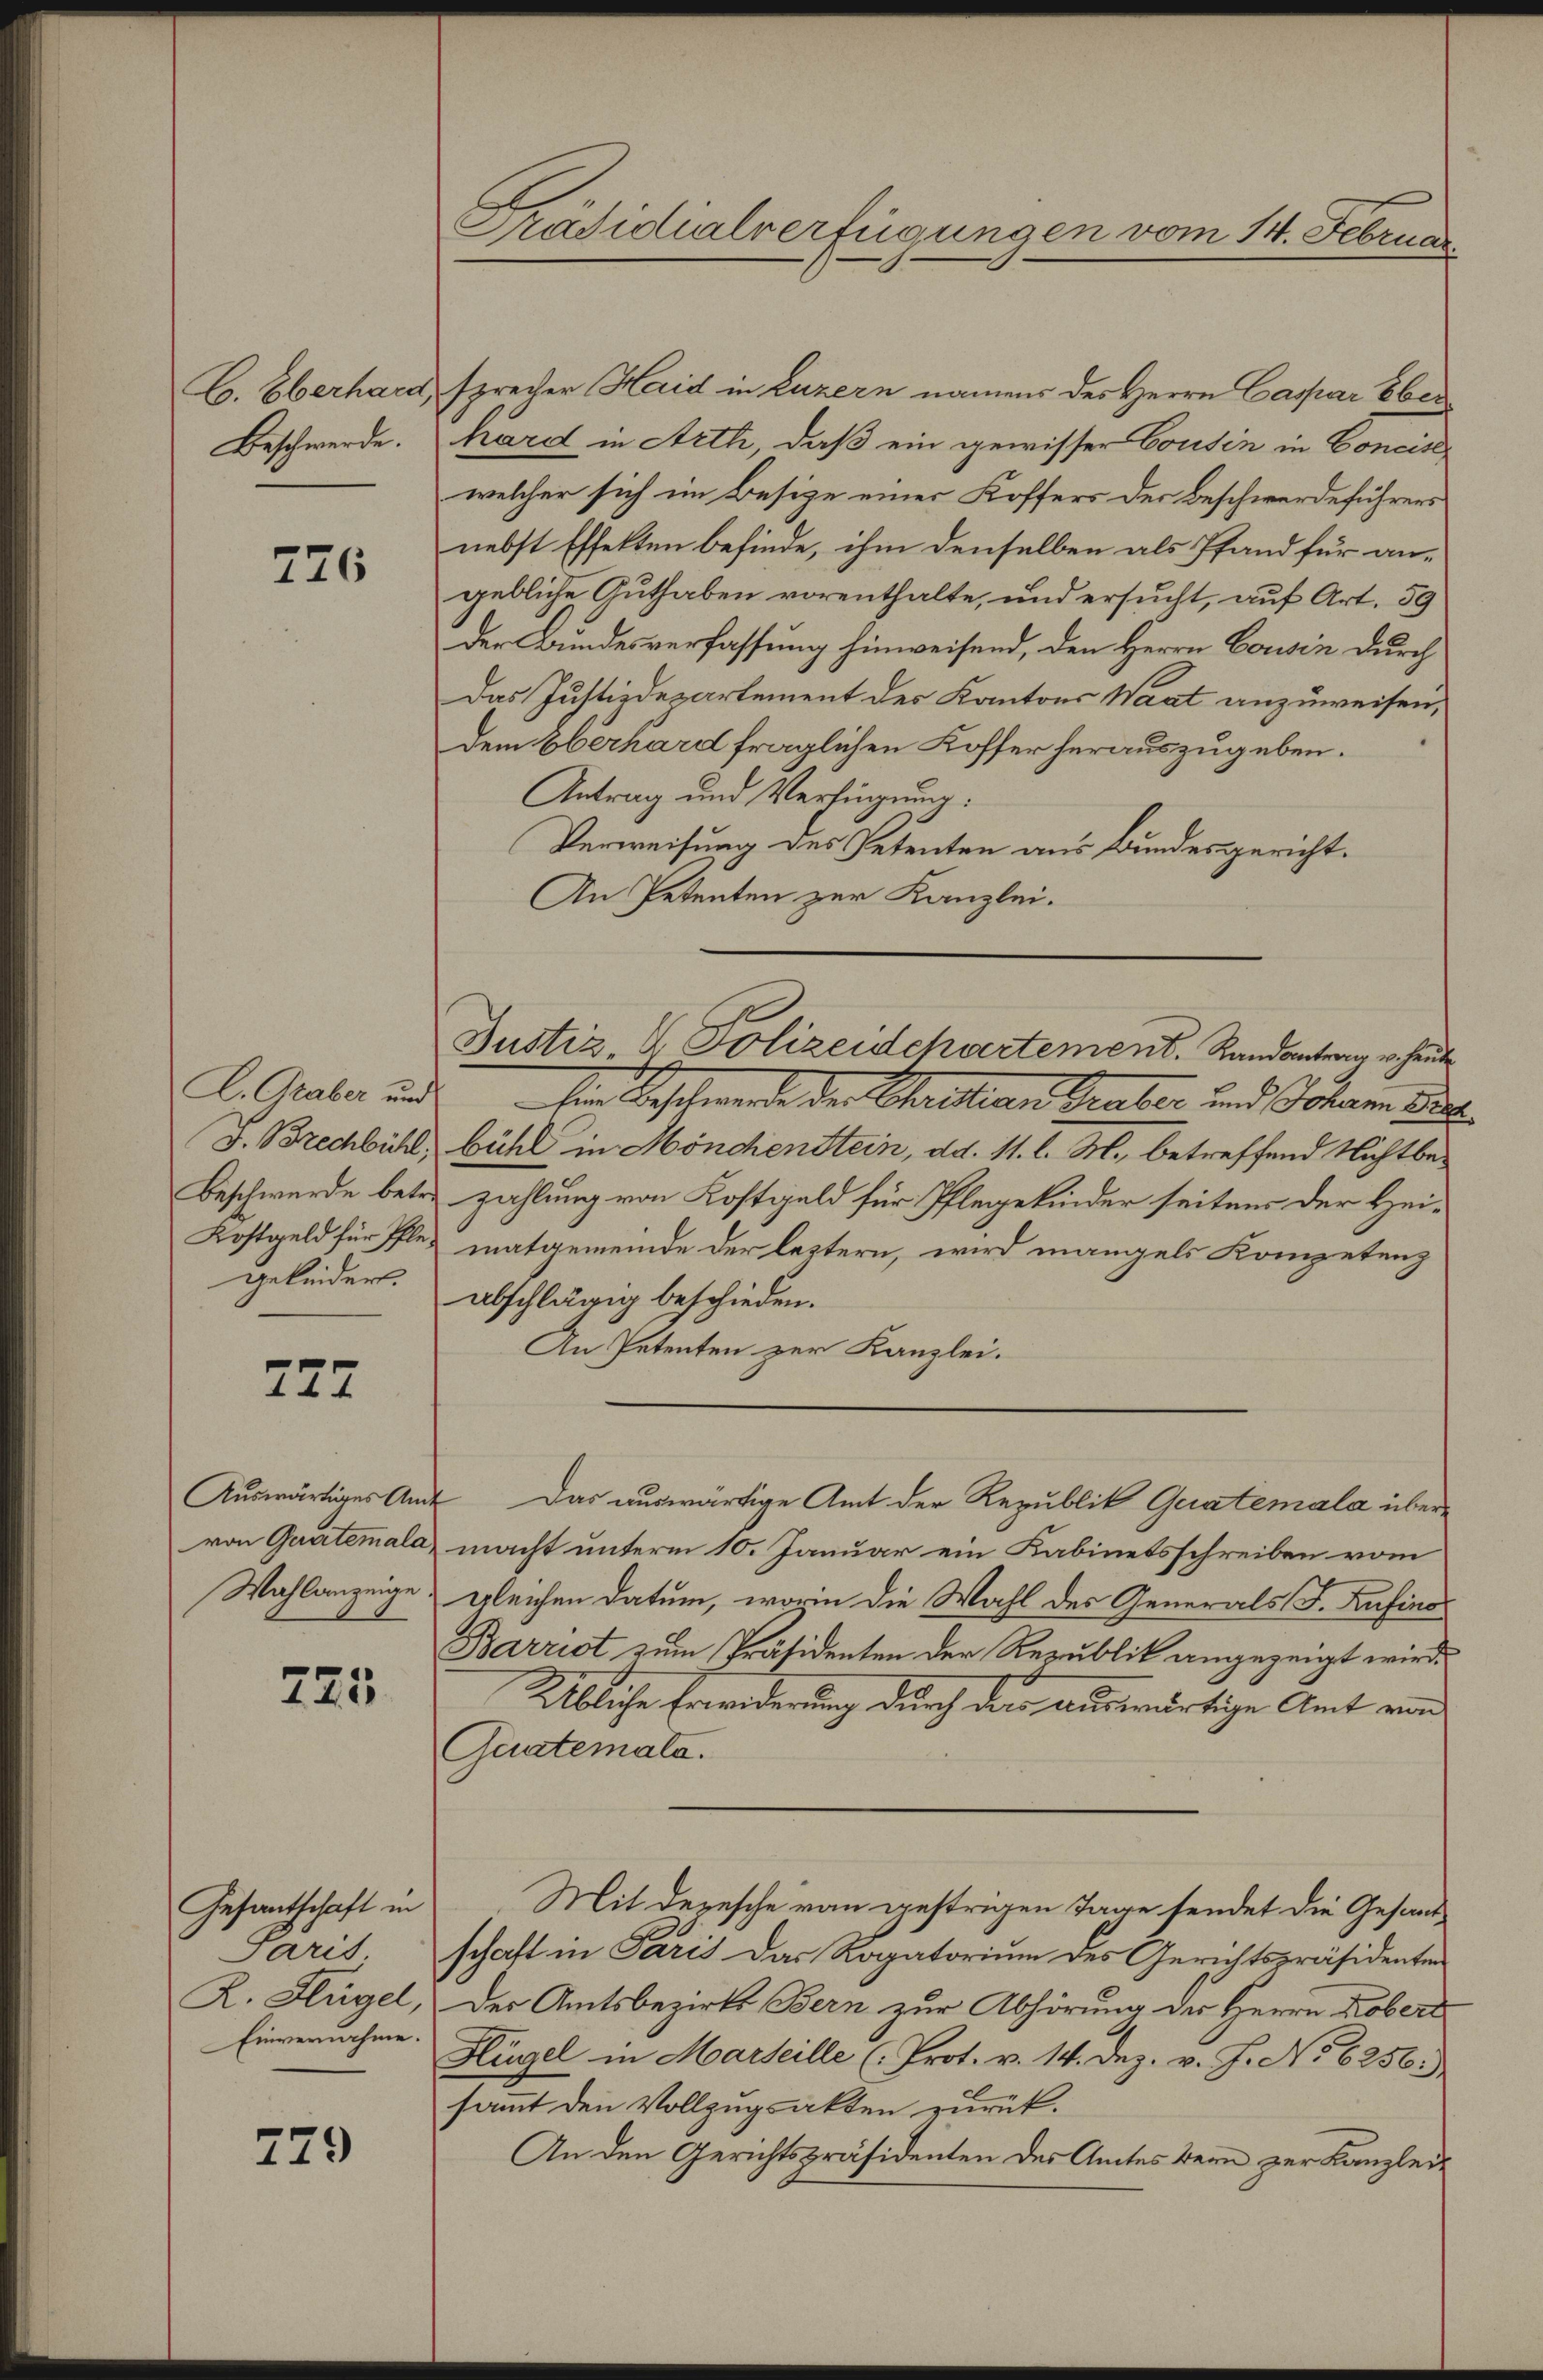
C. Oberhard,
Beschwerde.

776

K. Graber und
J. Brechbühl,
Kostgeld für Pflegekindert.

727

von Quartemala
Wahlanzeige

725.

Gesantschaft in
Paris
R. Hügel,
Einvernehme.

729

Präsidialverfügungen vom 14. Februar

sprecher Herid in Luzern namens des Herrn Caspar Eber
kard in Arth, daß ein gewisser Cousin in Concin
welcher sich im Besitze einer Koffers der Beschwerdeführers
nebst Effekten befinde, ihm denselben als Pfand für angebliche Guthaben vorenthalte, und ersucht, auf Art. 59
Der Bundesverfassung hinweisend, den Herrn Cousin durch
Das Justizdepartement des Kantons Waat anzuweisen,
dem Oberhard fraglichen Koffer herauszugeben.
Antrag und Verfügung:
Verweisung des Petenten aus Bundesgericht¬
An Petenten zur Kanzlei.
Ein Beschwerde der Christian Theater und Johann de
bühl in Mönchenstein, ad. 11. l. M., betreffend Nichtbe¬
Beschwerde betr. zahlung von Kostgeld für Pflegekinder seitens der Heimatgemeinde der leztern, wird mangels Kompetenz
abschlägig beschieden.
An Petenten zur Kanzlei.
Auswärtiges Amt das auswärtige Amt der Republik Geratemala übermacht unterm 10. Januar ein Kabinetsschreiben vom
gleichen Datum, worin die Wahl des Generals F. Zofino
Barrist zum Präsidenten der Republik angezeigt wird.
Übliche Erwiderung durch der auswärtige Amt von
Guatemata.
Mit deresche von gestrigen Tage sendet die Gesandschaft in Paris das Rogatorium des Gerichtspräsidenten
Der Amtsbezirks Bern zur Abhörung der Herrn Kobert
Hügel in Marteille (Prot. v. 14. Dez. v. J. No 6256),
sammt den Vollzugsakten zurück.
An den Gerichtspräsidenten des Amtes Bern zur Kanzlei-

Justiz, V. Polizeidchartement. Randantrag v. heute